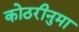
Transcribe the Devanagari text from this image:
कोठरीनुमा